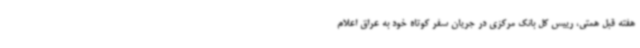
هفته قبل همتی، رییس کل بانک مرکزی در جریان سفر کوتاه خود به عراق اعلام